Vaccination in Burma 1900-1911 - 1900-1911
Year: 1900
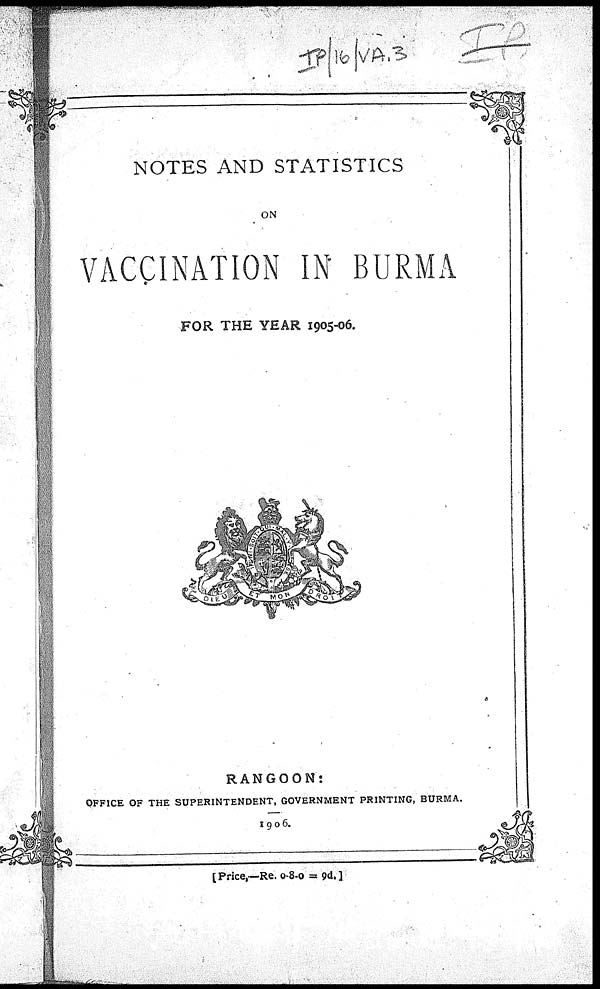
NOTES AND STATISTICS
ON
VACCINATION IN BURMA
FOR THE YEAR 1905-06.
RANGOON:
OFFICE OF THE SUPERINTENDENT, GOVERNMENT PRINTING, BURMA.
1906.
[Price,—Re. 0-8-0 = 9d.]